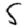
Digit: 5